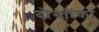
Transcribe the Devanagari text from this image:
दोस्तोंका